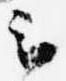
云